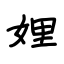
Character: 娌